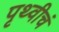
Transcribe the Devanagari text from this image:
पृथ्वीचं